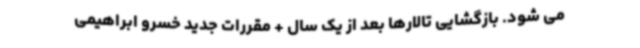
می شود. بازگشایی تالارها بعد از یک سال + مقررات جدید خسرو ابراهیمی